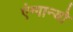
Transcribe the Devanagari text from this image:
एंग्गान्यो